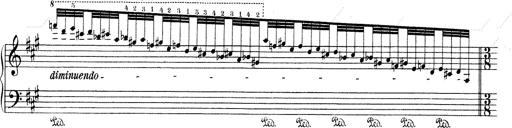
Title: Mephisto Waltz No.1
Composer: Franz Liszt